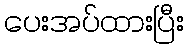
ပေးအပ်ထားပြီး